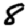
Digit: 8